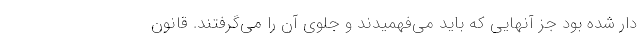
دار شده بود جز آنهایی که باید می‌فهمیدند و جلوی آن را می‌گرفتند. قانون